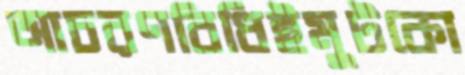
আচরণবিধিইমুটকো